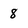
Character: 8